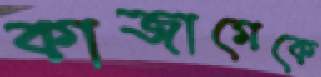
কাজামেকে